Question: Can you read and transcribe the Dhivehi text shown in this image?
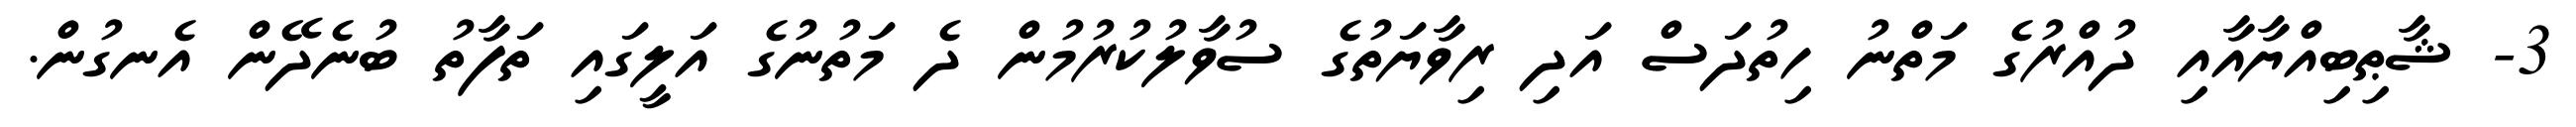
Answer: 3- ޝާޠިބިއްޔާއާއި ދުއްރުގެ މަތްނު ހިތުދަސް އަދި ރިވާޔަތުގެ ސުވާލުކުރުމުން ދެ މަތުނުގެ އަލީގައި ތަފާތު ބުނެދޭން އެނގުން.